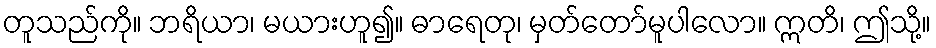
တူသည်ကို။ ဘရိယာ၊ မယားဟူ၍။ ဓာရေတု၊ မှတ်တော်မူပါလော။ ဣတိ၊ ဤသို့။